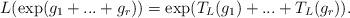
LaTeX: \begin{align*} L(\exp(g_1 + ... + g_r)) = \exp(T_L(g_1) + ... + T_L(g_r)).\end{align*}